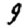
Digit: 9